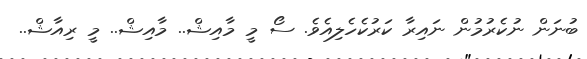
ބުނަން ނުކެރުމުން ނައިރާ ކަރުކެހެލިއެވެ. ސޯ މީ މާއިޝް.. މާއިޝް.. މީ ރިއާޝް..